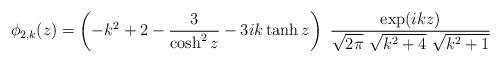
LaTeX: \begin{align*}\phi_{2,k}(z) = \left(- k^2 + 2 - {{3} \over {\cosh^2 z}} - 3 i k \tanh z\right)\ {{\exp(ikz)} \over {\sqrt{2 \pi} \ \sqrt{k^2 + 4} \ \sqrt{k^2 + 1}}}\end{align*}